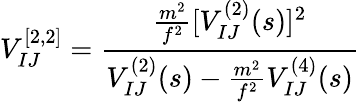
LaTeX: V_{IJ}^{[2,2]}={\frac{\frac{m^{2}}{f^{2}}[V_{IJ}^{(2)}(s)]^{2}}{V_{IJ}^{(2)}(s)-\frac{m^{2}}{f^{2}}V_{IJ}^{(4)}(s)}}